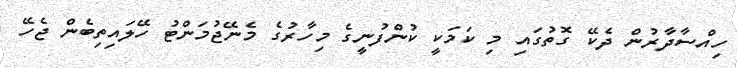
ހިއްސާދާރުން ދެކޭ ގޮތުގައި މި ކަމަކީ ކުންފުނީގެ މިހާރުގެ މެނޭޖުމަންޓު ހޭލައިތިބެން ޖެހޭ